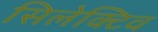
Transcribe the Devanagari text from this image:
सिलेक्टिव